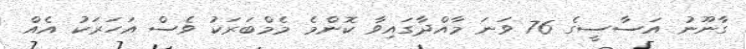
ގާނޫނު އަސާސީގެ 76 ވަނަ މާއްދާގައިވާ ކޮންމެ މެމްބަރަކު ވެސް އަހަރަކު އެއް